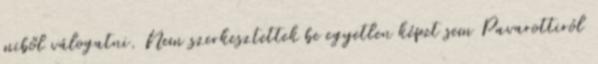
miből válogatni. Nem szerkesztettek be egyetlen képet sem Pavarottiról